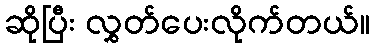
ဆိုပြီး လွှတ်ပေးလိုက်တယ်။